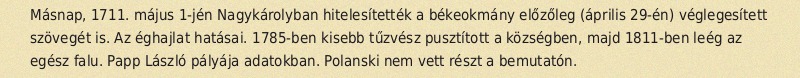
Másnap, 1711. május 1-jén Nagykárolyban hitelesítették a békeokmány előzőleg (április 29-én) véglegesített szövegét is. Az éghajlat hatásai. 1785-ben kisebb tűzvész pusztított a községben, majd 1811-ben leég az egész falu. Papp László pályája adatokban. Polanski nem vett részt a bemutatón.